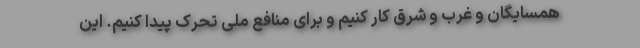
همسایگان و غرب و شرق کار کنیم و برای منافع ملی تحرک پیدا کنیم. این